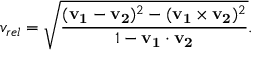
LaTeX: v _ { r e l } = { \sqrt { \frac { ( \mathbf { v _ { 1 } } - \mathbf { v _ { 2 } } ) ^ { 2 } - ( \mathbf { v _ { 1 } } \times \mathbf { v _ { 2 } } ) ^ { 2 } } { 1 - \mathbf { v _ { 1 } } \cdot \mathbf { v _ { 2 } } } } } .